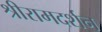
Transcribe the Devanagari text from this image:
श्रीरामदर्शन